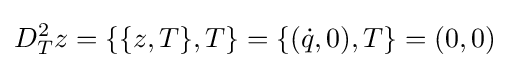
D_{T}^{2}z=\{\{z,T\},T\}=\{({\dot {q}},0),T\}=(0,0)